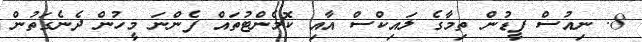
8. ނިއުސް ފީޑުން ތިމާގެ ލައިކްސް އާއި ކޮމެންޓުތައް ފެންނަ މީހުން ދެނެގަތުން